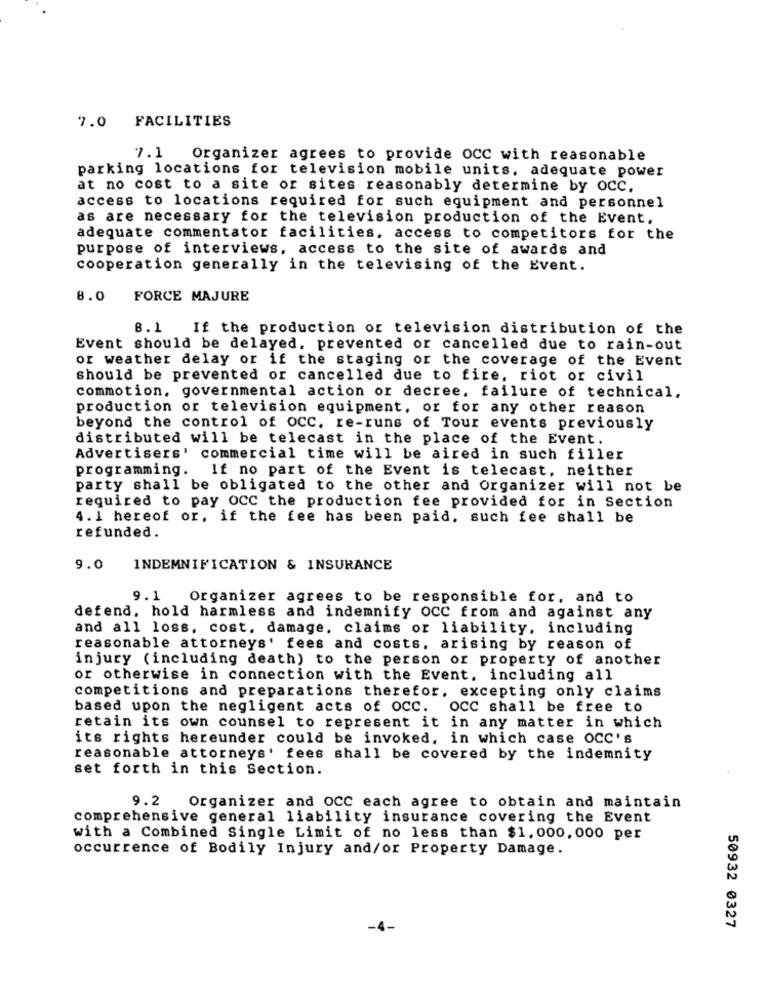
7.0 FACILITIES
7.1 Organizer agrees to provide occ with reasonable
parking locations for television mobile units, adequate power
at no cost to a site or sites reasonably determine by occ.
access to locations required for such equipment and personnel
as are necessary for the television production of the Event.
adequate commentator facilities, access to competitors for the
purpose of interviews, access to the site of awards and
cooperation generally in the televising of the Event.
8.0
FORCE MAJURE
8.1
If the production or television distribution of the
Event should be delayed, prevented or cancelled due to rain-out
or weather delay or if the staging or the coverage of the Event
should be prevented or cancelled due to fire, riot or civil
commotion, governmental action or decree. failure of technical.
production or television equipment, or for any other reason
beyond the control of OCC. re-runs of Tour events previously
distributed will be telecast in the place of the Event.
Advertisers' commercial time will be aired in such filler
programming. If no part of the Event is telecast, neither
party shall be obligated to the other and Organizer will not be
required to pay OCC the production fee provided for in Section
4. 1 hereof or, if the fee has been paid, such fee shall be
refunded.
9.0 INDEMNIFICATION & INSURANCE
9.1
Organizer agrees to be responsible for, and to
defend, hold harmless and indemnify OCC from and against any
and all loss, cost. damage, claims or liability, including
reasonable attorneys' fees and costs. arising by reason of
injury (including death) to the person or property of another
or otherwise in connection with the Event, including all
competitions and preparations therefor, excepting only claims
based upon the negligent acts of OCC. OCC shall be free to
retain its own counsel to represent it in any matter in which
its rights hereunder could be invoked, in which case OCC's
reasonable attorneys' fees shall be covered by the indemnity
set forth in this Section.
9.2
Organizer and OCC each agree to obtain and maintain
comprehensive general liability insurance covering the Event
with a Combined Single Limit of no less than $1,000,000 per
occurrence of Bodily Injury and/or Property Damage.
50932 0327